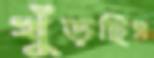
খুঁড়ছিস